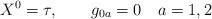
LaTeX: \begin{align*}X^{0} = \tau,\qquad g_{0a} = 0\quad a=1,2\end{align*}